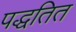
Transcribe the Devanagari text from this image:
पद्धतित